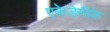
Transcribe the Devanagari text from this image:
एकेडेमीके